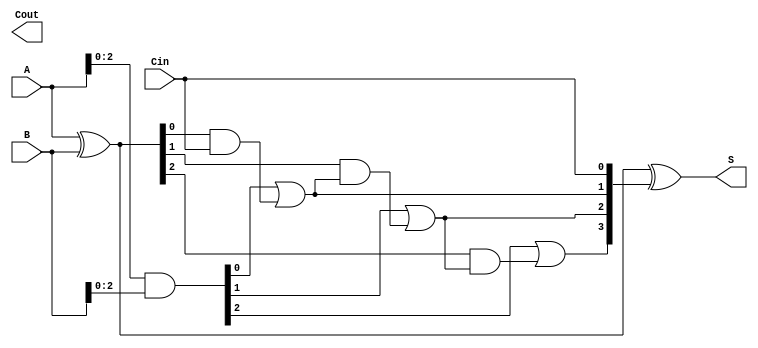
module ParallelPrefixAdder #(parameter n = 4) (
    input  [n-1:0] A,      // First input
    input  [n-1:0] B,      // Second input
    input         Cin,      // Carry-in
    output [n-1:0] S,      // Sum output
    output        Cout      // Carry-out
);

    // Generate and Propagate signals
    wire [n-1:0] G; // Generate
    wire [n-1:0] P; // Propagate
    wire [n:0] C;    // Carry signals (C[0] is Cin)

    // Compute G and P
    assign G = A & B;
    assign P = A ^ B;

    // Carry signals
    assign C[0] = Cin;

    // Kogge-Stone prefix network for carry signals
    genvar i;
    generate
        // Level 1
        for (i = 0; i < n-1; i = i + 1) begin: level1
            assign C[i+1] = G[i] | (P[i] & C[i]);
        end
    endgenerate

    // Sum calculation
    assign S = P ^ C[n-1:0];

    // Carry-out
    assign Cout = C[n];

endmodule